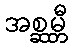
အစ္ဆမ္ဘီ